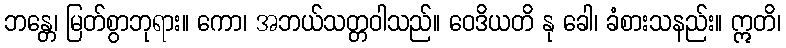
ဘန္တေ၊ မြတ်စွာဘုရား။ ကော၊ အဘယ်သတ္တဝါသည်။ ဝေဒိယတိ နု ခေါ၊ ခံစားသနည်း။ ဣတိ၊